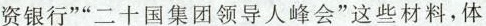
资银行””二十国集团领导人峰会”这些材料，体